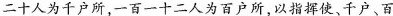
二十人为千户所，一百一十二人为百户所，以指挥使、千户、百